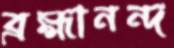
ব্রহ্মানন্দ